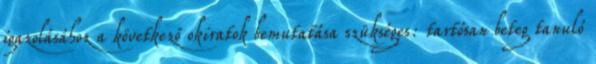
igazolásához a következő okiratok bemutatása szükséges: tartósan beteg tanuló